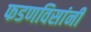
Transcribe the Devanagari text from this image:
फडणविसांनी